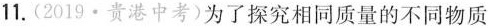
11.(2019·贵港中考)为了探究相同质量的不同物质